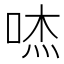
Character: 𱒾